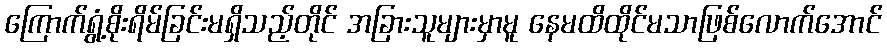
ကြောက်ရွံ့စိုးရိမ်ခြင်းမရှိသည့်တိုင် အခြားသူများမှာမူ နေမထိထိုင်မသာဖြစ်လောက်အောင်